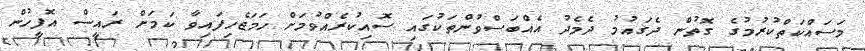
މަސައްކަތްކުރުމުގެ ގޮތުން ދެގައުމު ދެމެދު އެއްބަސްވުންތަކުގައި ސޮއިކުރެއްވުމަށް ހަމަޖެހިފައިވާ ކަމަށް ރައީސް އޮފީހުން